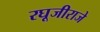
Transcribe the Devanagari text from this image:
रघूजीराजे